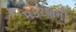
મકરણનો